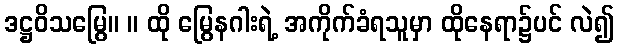
ဒဋ္ဌဝိသမြွေ။ ။ ထို မြွေနဂါးရဲ့ အကိုက်ခံရသူမှာ ထိုနေရာ၌ပင် လဲ၍